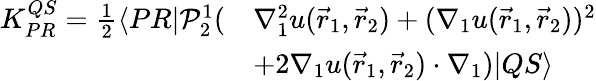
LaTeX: \begin{array}{rl}{K_{PR}^{QS}=\frac{1}{2}\langle{PR}|\mathcal P_{2}^{1}(}&{\nabla_{1}^{2}u(\vec{r}_{1},\vec{r}_{2})+(\nabla_{1}u(\vec{r}_{1},\vec{r}_{2}))^{2}}\\ &{+2\nabla_{1}u(\vec{r}_{1},\vec{r}_{2})\cdot\nabla_{1})|{QS}\rangle}\end{array}